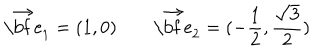
\vec { \mathrm { \bf ~ e } } _ { 1 } = ( 1 , 0 ) \qquad \vec { \mathrm { \bf ~ e } } _ { 2 } = ( - { \frac { 1 } { 2 } } , { \frac { \sqrt { 3 } } { 2 } } )